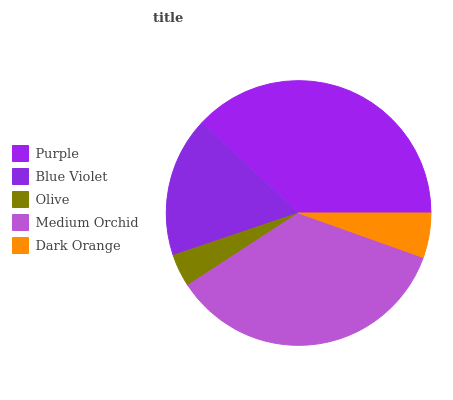
| Purple | Blue Violet | Olive | Medium Orchid | Dark Orange |
 | --- | --- | --- | --- | --- |
 | 38% | 17.2% | 4.02% | 35.3% | 5.46% |